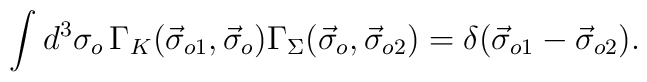
\int d^3\sigma_o\, \Gamma_K(\vec{\sigma}_{o1},\vec{\sigma}_o)\Gamma_\Sigma(\vec{\sigma}_o,\vec{\sigma}_{o2})=\delta(\vec{\sigma}_{o1}-\vec{\sigma}_{o2}).